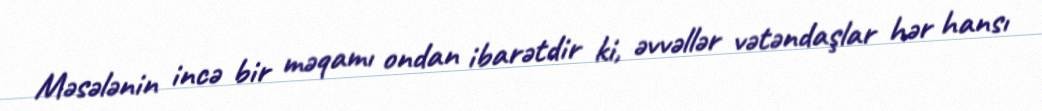
Məsələnin incə bir məqamı ondan ibarətdir ki, əvvəllər vətəndaşlar hər hansı